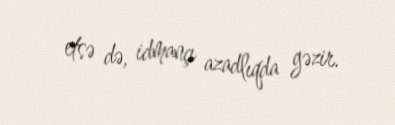
etsə də, idmançı azadlıqda gəzir.